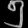
Digit: ၅